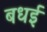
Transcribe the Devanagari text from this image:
बधई